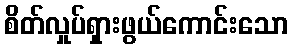
စိတ်လှုပ်ရှားဖွယ်ကောင်းသော